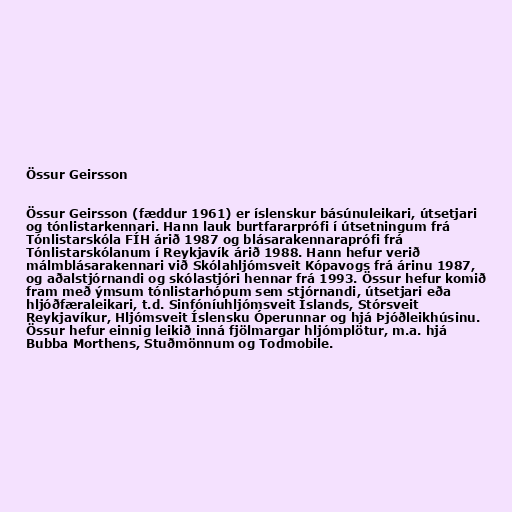
Össur Geirsson

Össur Geirsson (fæddur 1961) er íslenskur básúnuleikari, útsetjari
og tónlistarkennari. Hann lauk burtfararprófi í útsetningum frá
Tónlistarskóla FÍH árið 1987 og blásarakennaraprófi frá
Tónlistarskólanum í Reykjavík árið 1988. Hann hefur verið
málmblásarakennari við Skólahljómsveit Kópavogs frá árinu 1987,
og aðalstjórnandi og skólastjóri hennar frá 1993. Össur hefur komið
fram með ýmsum tónlistarhópum sem stjórnandi, útsetjari eða
hljóðfæraleikari, t.d. Sinfóníuhljómsveit Íslands, Stórsveit
Reykjavíkur, Hljómsveit Íslensku Óperunnar og hjá Þjóðleikhúsinu.
Össur hefur einnig leikið inná fjölmargar hljómplötur, m.a. hjá
Bubba Morthens, Stuðmönnum og Todmobile.